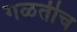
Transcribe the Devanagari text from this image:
गळतीच